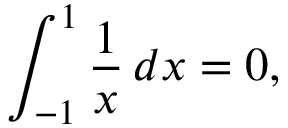
\int _ { - 1 } ^ { 1 } { \frac { 1 } { x } } \, d x = 0 ,